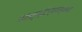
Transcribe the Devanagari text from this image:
तत्सृष्टिर्नान्यथा